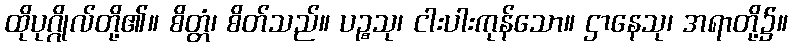
ထိုပုဂ္ဂိုလ်တို့၏။ စိတ္တံ၊ စိတ်သည်။ ပဉ္စသု၊ ငါးပါးကုန်သော။ ဌာနေသု၊ အရာတို့၌။